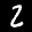
Label: 2